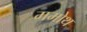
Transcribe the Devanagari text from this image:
ममोथ